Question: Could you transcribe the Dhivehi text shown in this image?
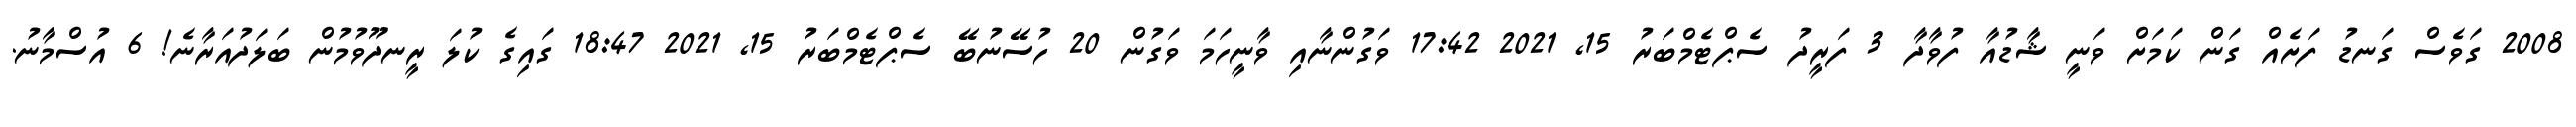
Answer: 2008 ގަވެސް ގަނޑު ފަށެއް ގަން ކަމަށް ވަނީ ޝާޑުއާ ފުވާދާ 3 ފަރީދު ސެޕްޓެމްބަރު 15, 2021 17:42 ވަގުންނާއި ވާނީހަމަ ވަގުން 20 ހުސޭނުބޭ ސެޕްޓެމްބަރު 15, 2021 18:47 ގައިގެ ކުލަ ރީނދޫވުމުން ބަލަދުއަރާނެ! 6 އުސްމާނު.